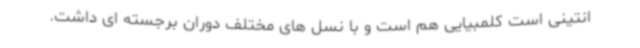
انتینی است کلمبیایی هم است و با نسل های مختلف دوران برجسته ای داشت.